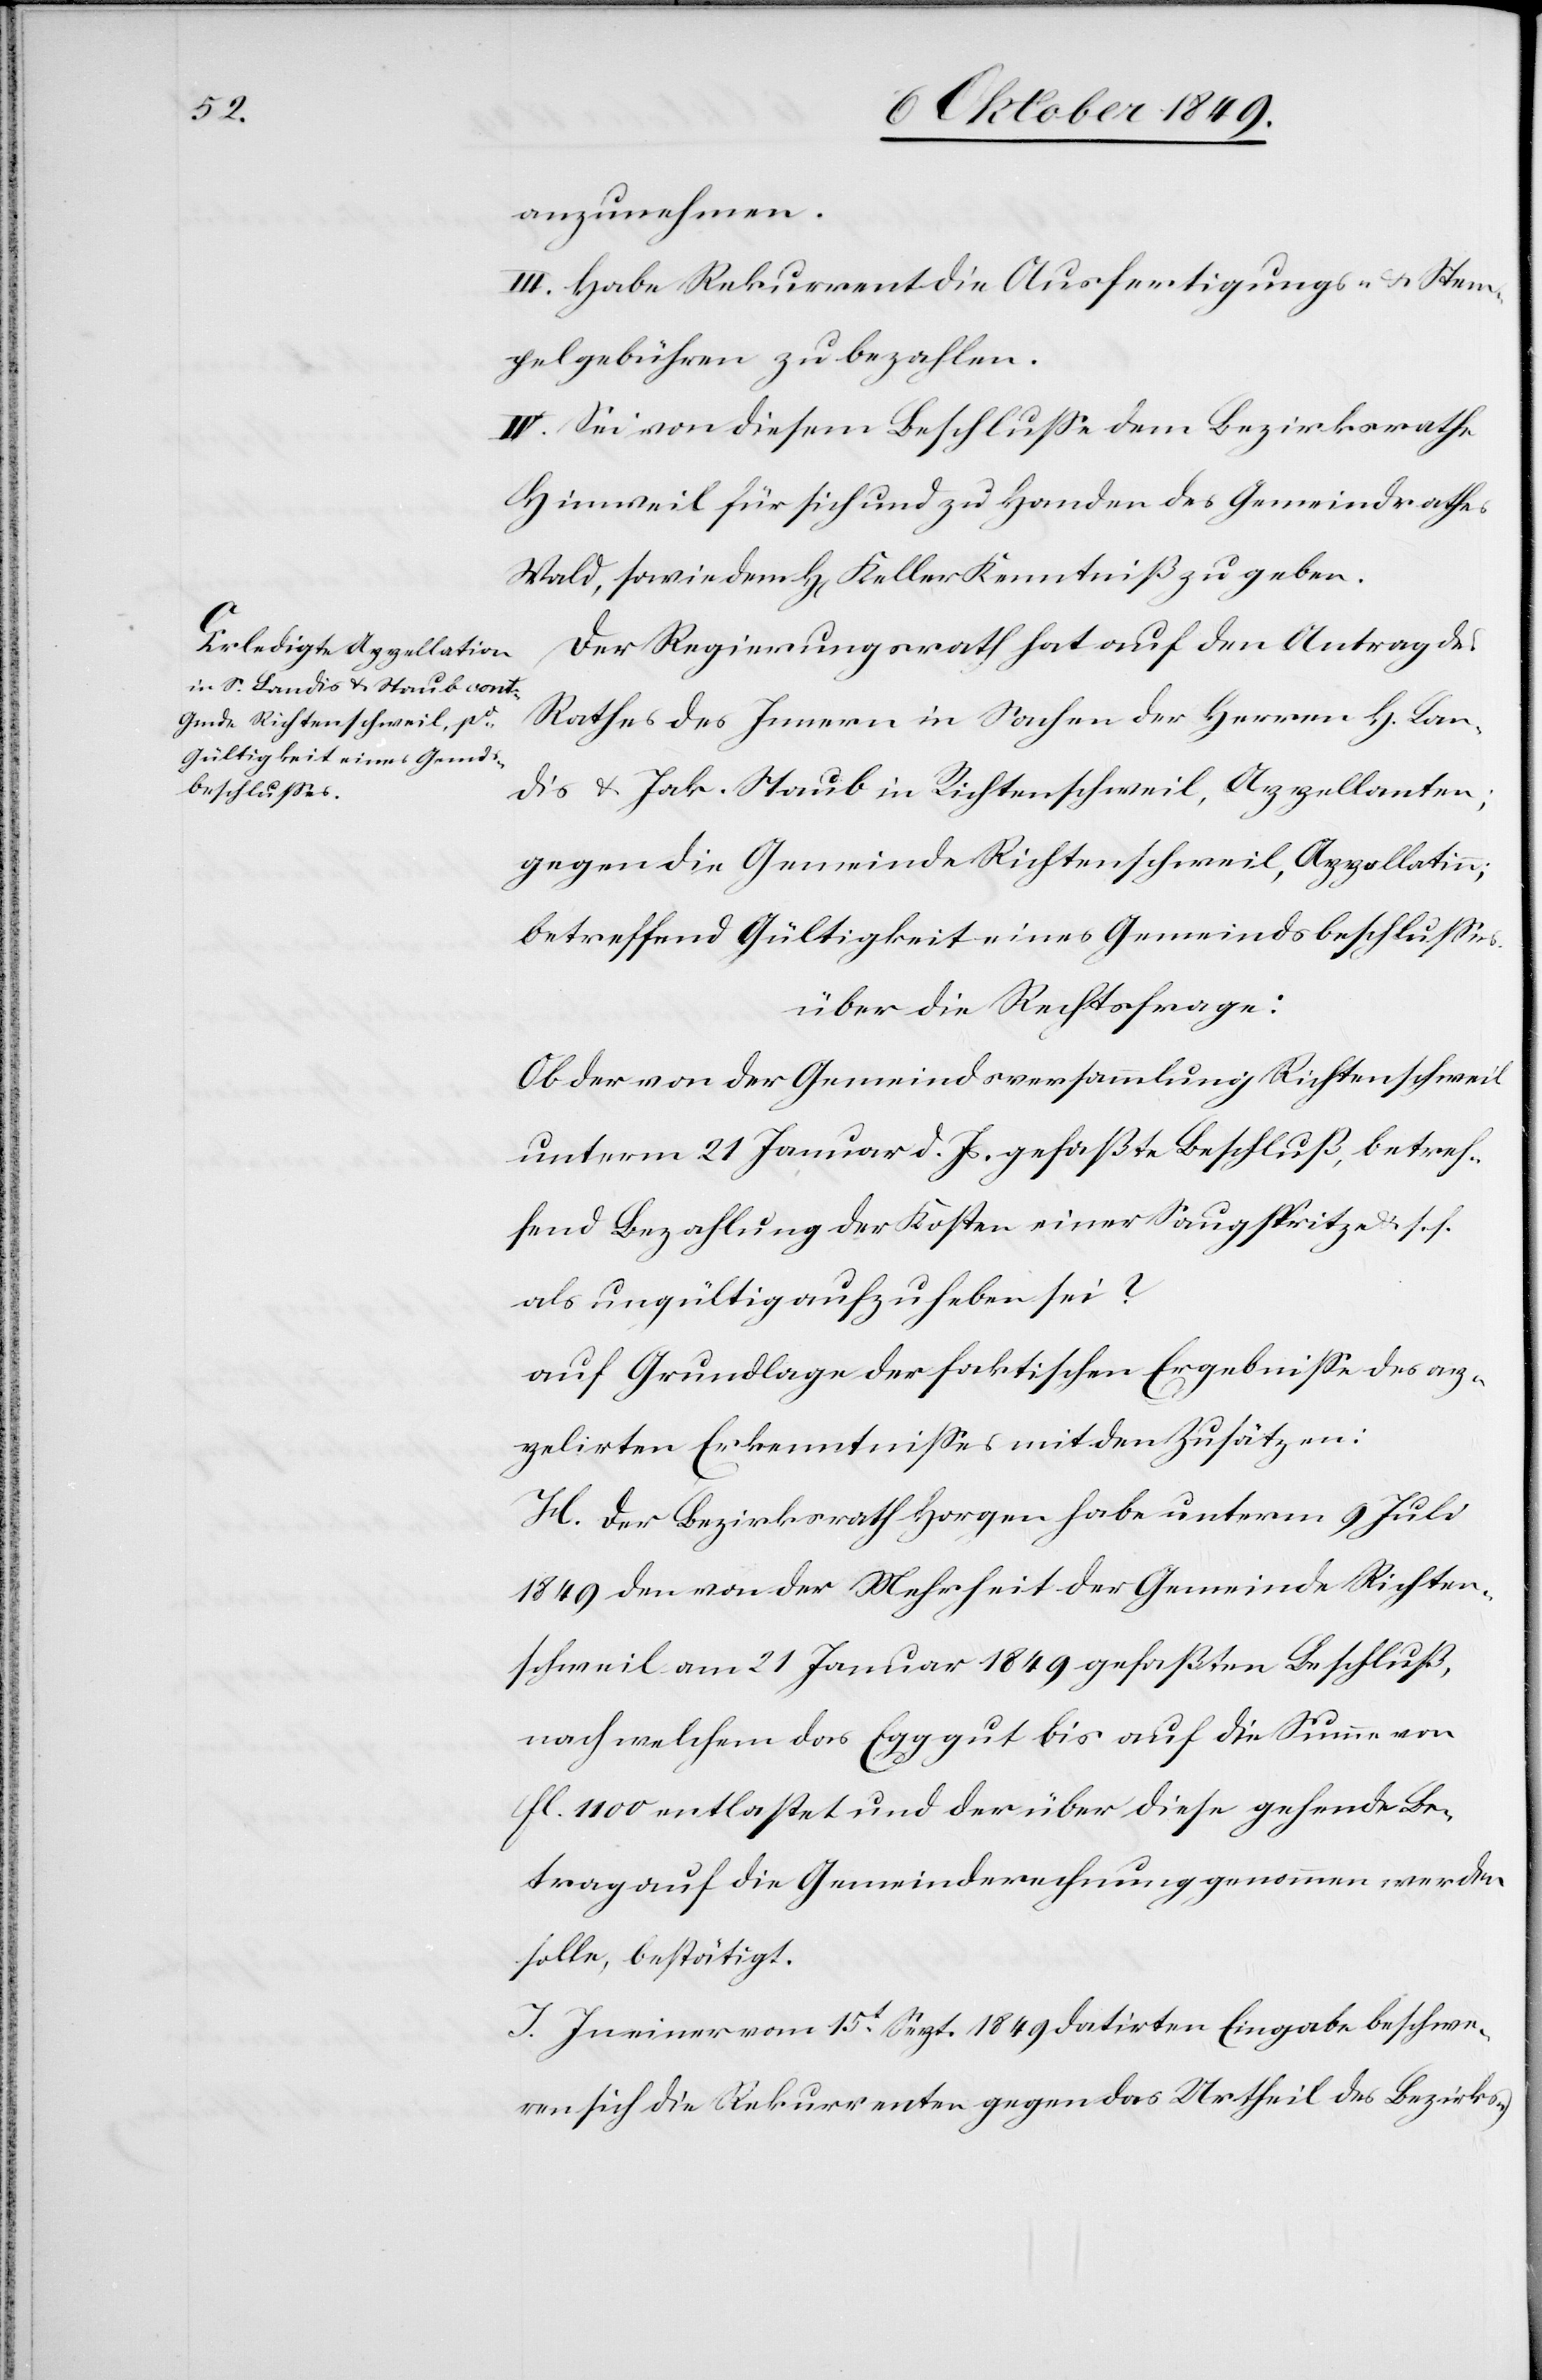
anzunehmen.
III. Habe Rekurrent die Ausfertigungs- u. Stem¬
pelgebühren zu bezahlen.
IV. Sei von diesem Beschluße dem Bezirksrathe
Hinweil für sich und zu Handen des Gemeindrathes
Wald, sowie dem H[errn] Keller Kenntniß zu geben.
Der Regierungsrath hat auf den Antrag des
Rathes des Innern in Sachen der Herrn H. Lan¬
dis u. Jak. Staub in Richtenschweil, Appellanten;
gegen die Gemeinde Richtenschweil, Appellatin;
betreffend Gültigkeit eines Gemeindsbeschlußes.
über die Rechtsfrage:
Ob der von der Gemeindsversammlung Richtenschweil
unterm 21 Januar d. Js. gefaßte Beschluß, betref¬
fend Bezahlung der Kosten einer Saugspritze u. s. f.
als ungültig aufzuheben sei?
auf Grundlage der faktischen Ergebniße des ap¬
pelirten Erkenntnißes mit den Zusätzen:
H. Der Bezirksrath Horgen habe unterm 9 Juli
1849 den von der Mehrheit der Gemeinde Richten¬
schweil am 21 Januar 1849 gefaßten Beschluß,
nach welchem das Egggut bis auf die Summe von
fl. 1100 entlastet und der über diese gehende Be¬
trag auf die Gemeinderechnung genommen werden
solle, bestätigt.
J. In einer vom 15t Sept. 1849 datirten Eingabe beschwe¬
ren sich die Rekurrenten gegen das Urtheil des Bezirks-